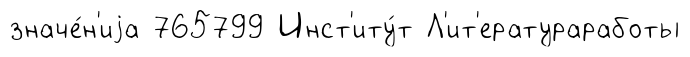
значе́н'иjа 765799 Инст'иту́т Л'ит'ератураработы